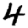
Digit: 4